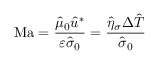
\mathrm { M a } = \frac { \hat { \mu } _ { 0 } \hat { u } ^ { * } } { \varepsilon \hat { \sigma } _ { 0 } } = \frac { \hat { \eta } _ { \sigma } \Delta \hat { T } } { \hat { \sigma } _ { 0 } }